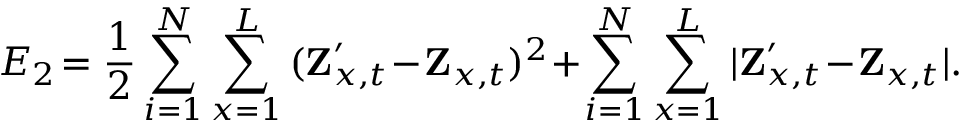
E _ { 2 } \! = \frac { 1 } { 2 } \sum _ { i = 1 } ^ { N } \sum _ { x = 1 } ^ { L } { ( \textbf Z _ { x , t } ^ { \prime } \! - \! \textbf Z _ { x , t } ) ^ { 2 } } \! + \! \sum _ { i = 1 } ^ { N } \sum _ { x = 1 } ^ { L } { | \textbf Z _ { x , t } ^ { \prime } \! - \! \textbf Z _ { x , t } | } .